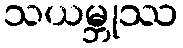
သယမ္ဘုဿ